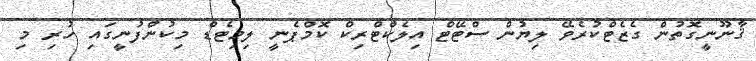
ޤާނޫނީގޮތުން ގެޒެޓްކުރެވޭ ލިޔުން ސްޓޭޓް އިލެކްޓްރިކް ކޮމްޕެނީ ލިމިޓެޑް މިކުންފުނީގައި ހުރި މި